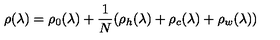
\rho ( \lambda ) = \rho _ { 0 } ( \lambda ) + \frac { 1 } { N } ( \rho _ { h } ( \lambda ) + \rho _ { c } ( \lambda ) + \rho _ { w } ( \lambda ) )